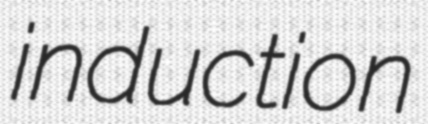
induction